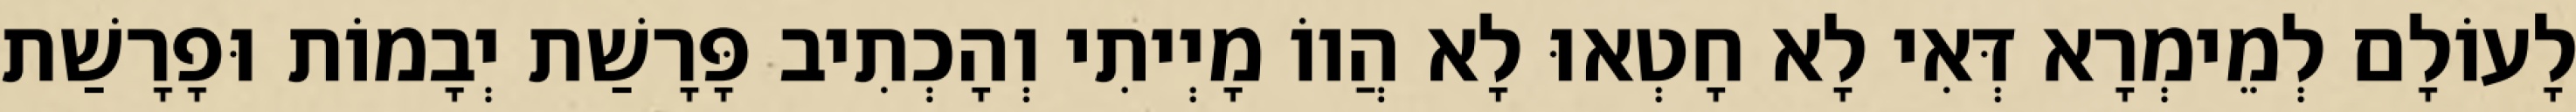
לָעוֹלָם לְמֵימְרָא דְּאִי לָא חָטְאוּ לָא הֲווֹ מָיְיתִי וְהָכְתִיב פָּרָשַׁת יְבָמוֹת וּפָרָשַׁת